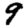
Digit: 9